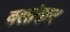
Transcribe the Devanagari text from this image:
क्लांतान